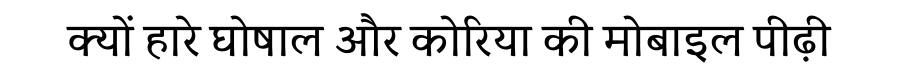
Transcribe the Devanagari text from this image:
क्यों हारे घोषाल और कोरिया की मोबाइल पीढ़ी